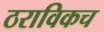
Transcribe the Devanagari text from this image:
ठराविकच